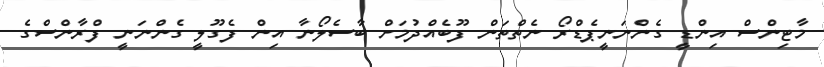
މާޓިންސް އިންޑީ ގެންނަނީޕެޑްރޯ ނެތްތަން ފޫބެއްދުމަށް ބާސެލޯނާ އިން ފެގޫލީ ގެންނަނީ ފްރާންސްގެ